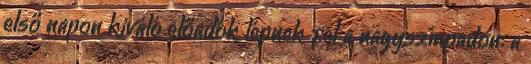
első napon kiváló előadók lépnek fel a nagyszínpadon: a